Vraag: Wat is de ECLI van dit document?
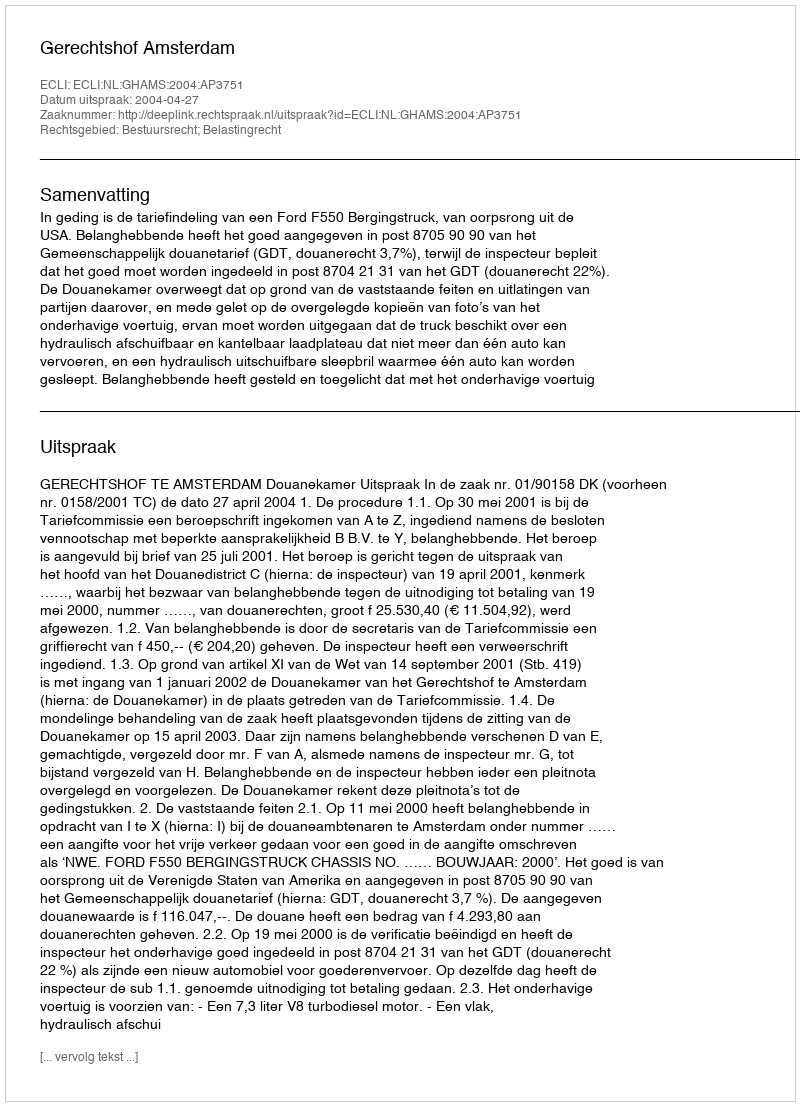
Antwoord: ECLI:NL:GHAMS:2004:AP3751